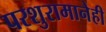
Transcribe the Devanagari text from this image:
परशुरामानेही